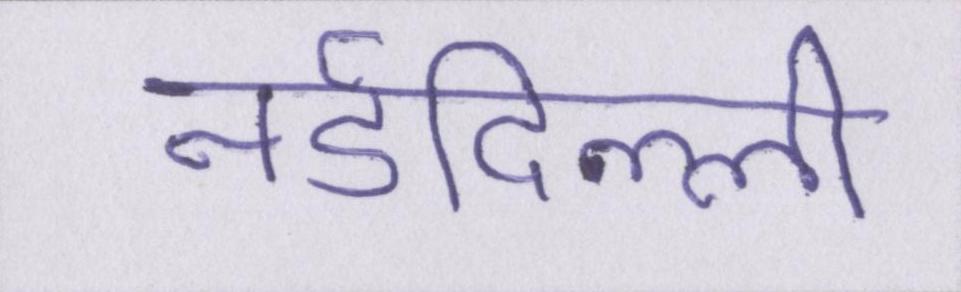
नईदिल्ली